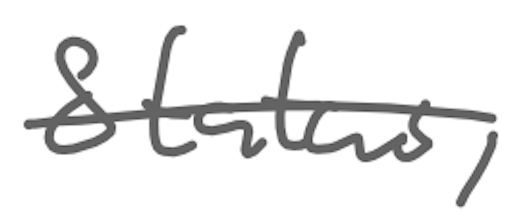
Text: Status,
Cross-out: single-line
Writing tool: digital_gray